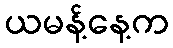
ယမန့်နေ့က